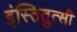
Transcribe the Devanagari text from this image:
इंस्तितुत्सी